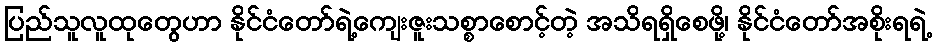
ပြည်သူလူထုတွေဟာ နိုင်ငံတော်ရဲ့ကျေးဇူးသစ္စာစောင့်တဲ့ အသိရရှိစေဖို့၊ နိုင်ငံတော်အစိုးရရဲ့